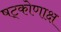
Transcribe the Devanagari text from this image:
षट्कोणाक्ष